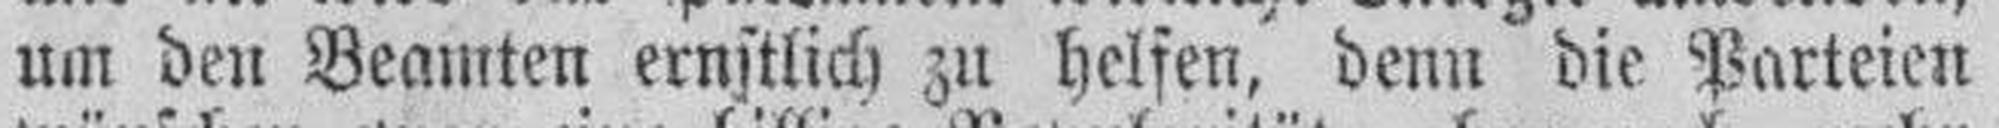
um den Beamten ernstlich zu helfen, denn die Parteien